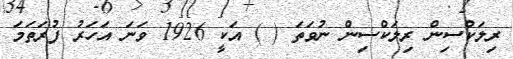
ރިލަކްސިން ރިލަކްސިން ނުވަތަ ( ) އަކީ 1926 ވަނަ އަހަރު ފުރަތަމަ